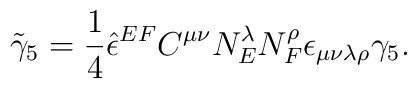
{\tilde \gamma_5} = \frac 14{\hat \epsilon}^{E F} C^{\mu \nu}N^\lambda_E N^\rho_F \epsilon_{\mu \nu \lambda \rho} \gamma_5.